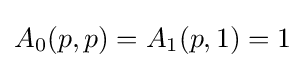
A_{0}(p,p)=A_{1}(p,1)=1